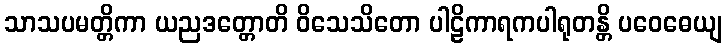
သာသပမတ္တိကာ ယညဒတ္တောတိ ဝိသေသိတော ပါဠိကာရကပါရုတန္တိ ပဝေဓေယျ